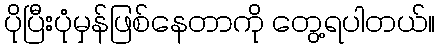
ပိုပြီးပုံမှန်ဖြစ်နေတာကို တွေ့ရပါတယ်။